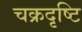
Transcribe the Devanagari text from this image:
चक्रदृष्टि